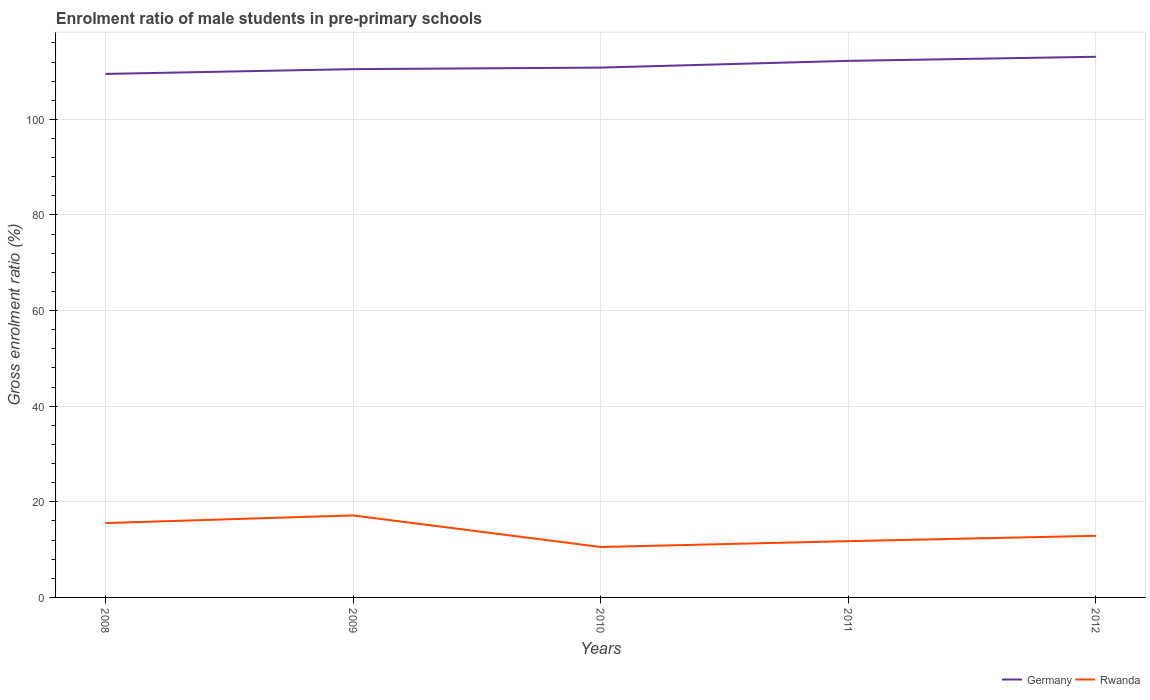
| Years | Germany | Rwanda |
 | --- | --- | --- |
 | 2008 | 110 | 15.6 |
 | 2009 | 111 | 17.2 |
 | 2010 | 111 | 10.5 |
 | 2011 | 112 | 11.8 |
 | 2012 | 113 | 12.9 |